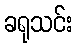
ခရုသင်း